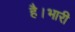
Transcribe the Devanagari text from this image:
है।भारी